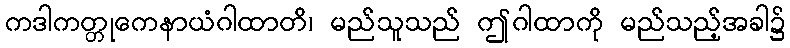
ကဒါကတ္တုကေနာယံဂါထာတိ၊ မည်သူသည် ဤဂါထာကို မည်သည့်အခါ၌